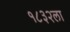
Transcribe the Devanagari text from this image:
१८३२ला